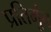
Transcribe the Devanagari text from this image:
प्रतिमुंच